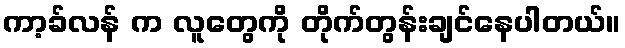
ကာ့ခ်လန် က လူတွေကို တိုက်တွန်းချင်နေပါတယ်။